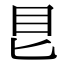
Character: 𥃩